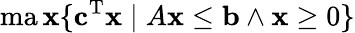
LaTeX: \operatorname*{ma\mathbf{x}}\{ \mathbf{{c}}^{\mathrm{{T}}}\mathbf{{\mathbf{x}}}\; |\; A\mathbf{{\mathbf{x}}}\leq\mathbf{{b}}\land\mathbf{{\mathbf{x}}}\geq0\}